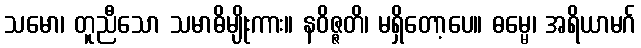
သမော၊ တူညီသော သမာဓိမျိုးကား။ နဝိဇ္ဇတိ၊ မရှိတော့ပေ။ ဓမ္မေ၊ အရိယာမဂ်